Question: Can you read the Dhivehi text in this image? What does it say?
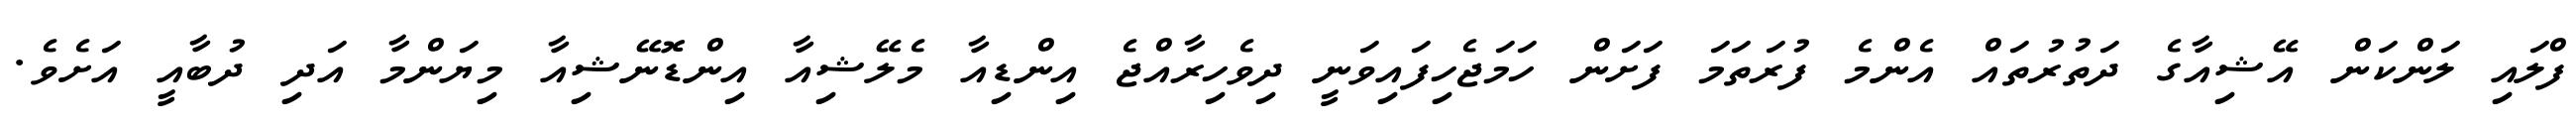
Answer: ފްލައި ލަންކަން އޭޝިއާގެ ދަތުރުތައް އެންމެ ފުރަތަމަ ފަށަން ހަމަޖެހިފައިވަނީ ދިވެހިރާއްޖެ އިންޑިއާ މެލޭޝިއާ އިންޑޮނޭޝިއާ މިޔަންމާ އަދި ދުބާއީ އަށެވެ.